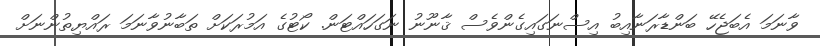
ވާނަމަ އެބަޖެހޭ ބަންޑާރަނާއިބު އިސްނަގައިގެންވެސް ޤާނޫނު ނަގަހައްޓަން. ކޯޓުގެ އަމުރަކަށް ތަބާނުވާނަމަ ރައްޔިތުންނަށް